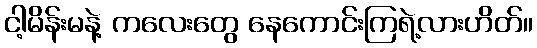
ငါ့မိန်းမနဲ့ ကလေးတွေ နေကောင်းကြရဲ့လားဟိတ်။